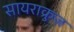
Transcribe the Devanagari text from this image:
सायराक्रुज़